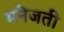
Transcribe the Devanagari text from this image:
मनेजती